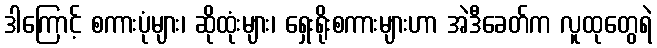
ဒါကြောင့် စကားပုံများ၊ ဆိုထုံးများ၊ ရှေးရိုးစကားများဟာ အဲဒီခေတ်က လူထုတွေရဲ